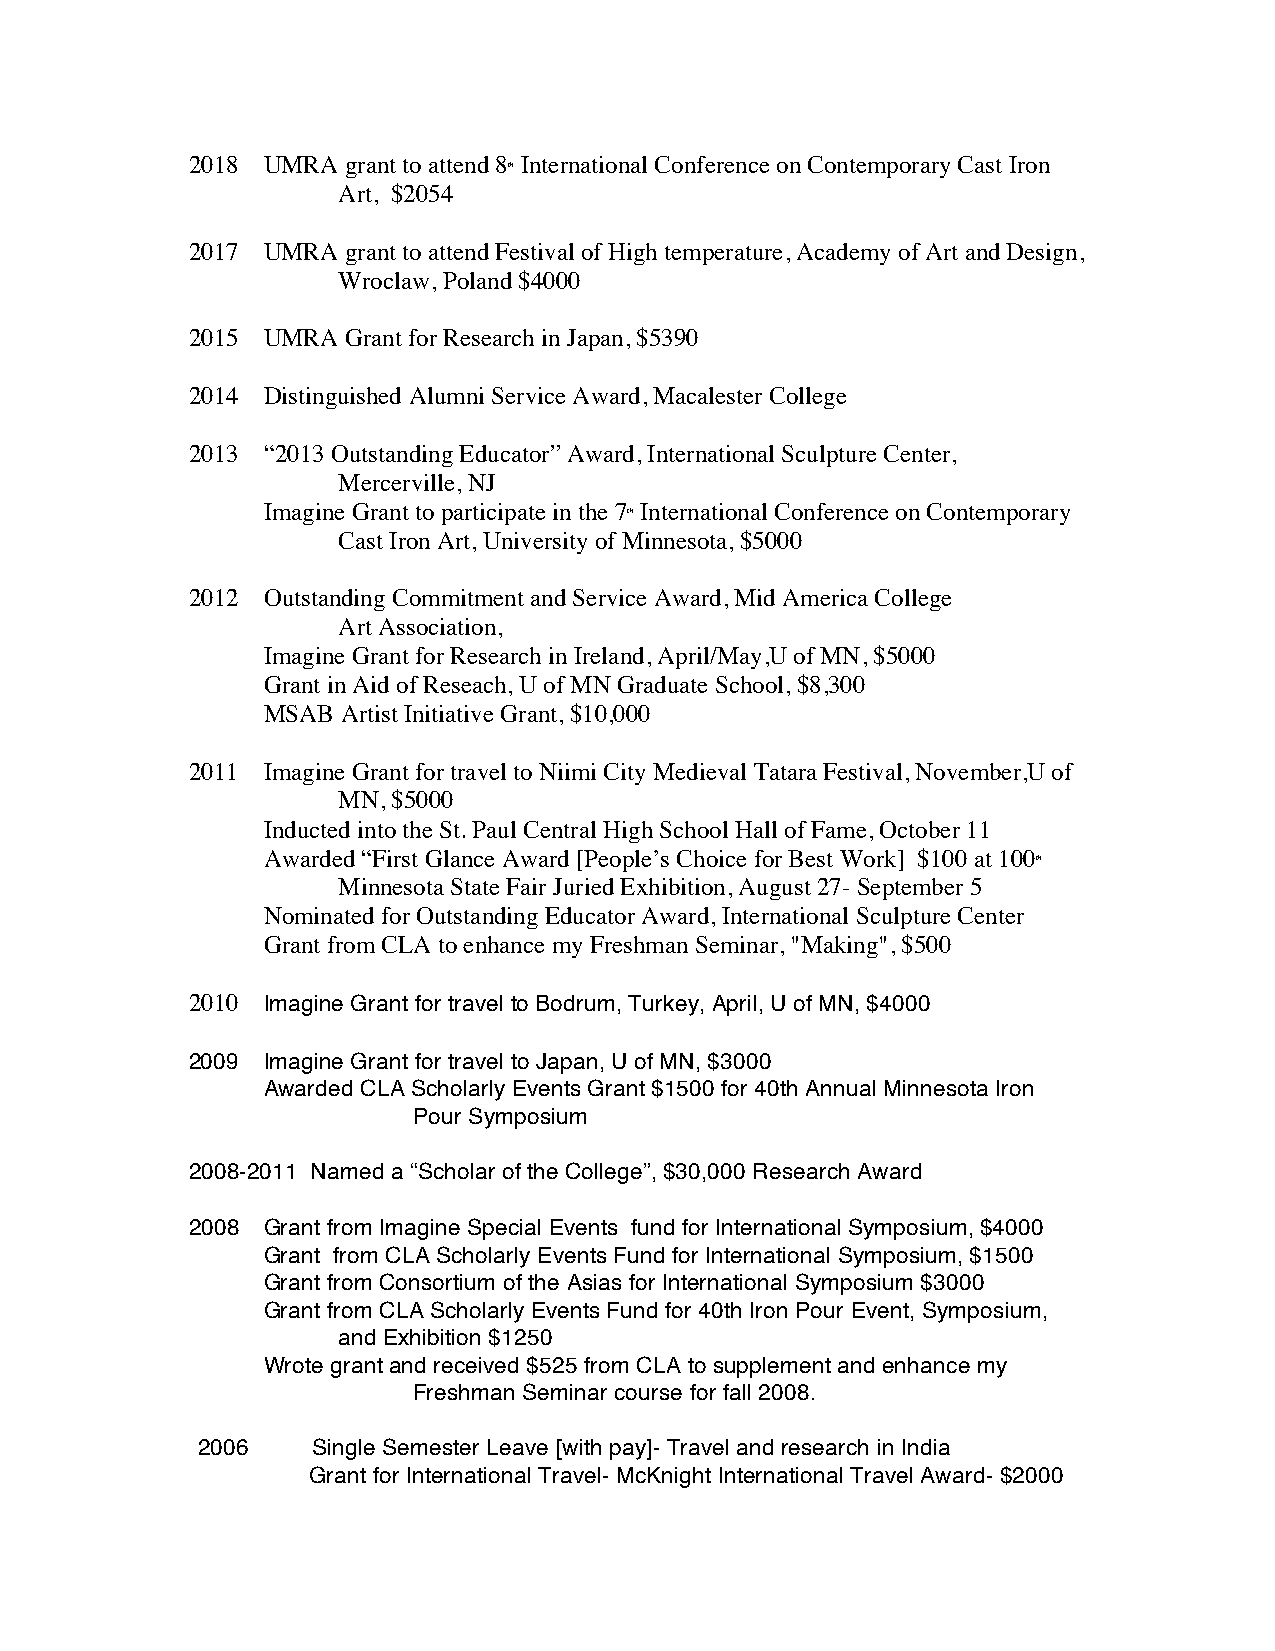
2018 UMRA  grant to attend 8th International Conference on Contemporary Cast Iron
 Art, $2054
 2017 UMRA  grant to attend Festival of High temperature, Academy of Art and Design,
 Wroclaw, Poland $4000
 2015 UMRA  Grant for Research in Japan, $5390
 2014 Distinguished Alumni Service Award, Macalester College
 2013 “2013 Outstanding Educator” Award, International Sculpture Center,
 Mercerville, NJ
 Imagine Grant to participate in the 7th International Conference on Contemporary
 Cast Iron Art, University of Minnesota, $5000
 2012 Outstanding Commitment and Service Award, Mid America College
 Art Association,
 Imagine Grant for Research in Ireland, April/May,U of MN, $5000
 Grant in Aid of Reseach, U of MN Graduate School, $8,300
 MSAB  Artist Initiative Grant, $10,000
 2011 Imagine Grant for travel to Niimi City Medieval Tatara Festival, November,U of
 MN, $5000
 Inducted into the St. Paul Central High School Hall of Fame, October 11
 Awarded “First Glance Award [People’s Choice for Best Work] $100 at 100th
 Minnesota State Fair Juried Exhibition, August 27- September 5
 Nominated for Outstanding Educator Award, International Sculpture Center
 Grant from CLA to enhance my Freshman Seminar, "Making", $500
 2010 Imagine Grant for travel to Bodrum, Turkey, April, U of MN, $4000
 2009 Imagine Grant for travel to Japan, U of MN, $3000
 Awarded CLA Scholarly Events Grant $1500 for 40th Annual Minnesota Iron
 Pour Symposium
 2008-2011 Named a “Scholar of the College”, $30,000 Research Award
 2008 Grant from Imagine Special Events fund for International Symposium, $4000
 Grant from CLA Scholarly Events Fund for International Symposium, $1500
 Grant from Consortium of the Asias for International Symposium $3000
 Grant from CLA Scholarly Events Fund for 40th Iron Pour Event, Symposium,
 and Exhibition $1250
 Wrote grant and received $525 from CLA to supplement and enhance my
 Freshman Seminar course for fall 2008.
 2006    Single Semester Leave [with pay]- Travel and research in India
 Grant for International Travel- McKnight International Travel Award- $2000